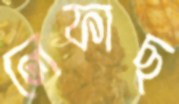
লেফাছ